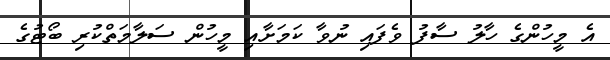
އެ މީހުންގެ ހާލު ސާފު ވެފައި ނުވާ ކަމަށާއި މީހުން ސަލާމަތްކުރި ބޯޓުގެ